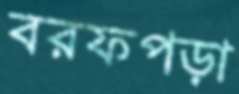
বরফপড়া